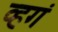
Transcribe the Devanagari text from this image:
व्हगं